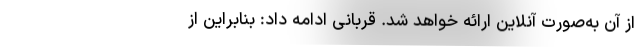
از آن به‌صورت آنلاین ارائه خواهد شد. قربانی ادامه داد: بنابراین از